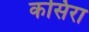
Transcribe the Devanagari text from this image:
कसिरा